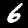
Digit: 6